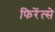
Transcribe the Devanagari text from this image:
फिरेंत्से